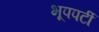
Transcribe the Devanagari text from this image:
भूपपर्टी